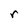
Character: r